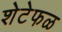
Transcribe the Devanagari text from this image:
शेटेफळ